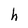
Character: h